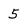
Character: 5